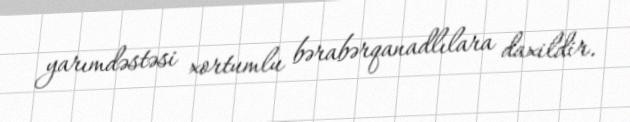
yarımdəstəsi xortumlu bərabərqanadlılara daxildir.